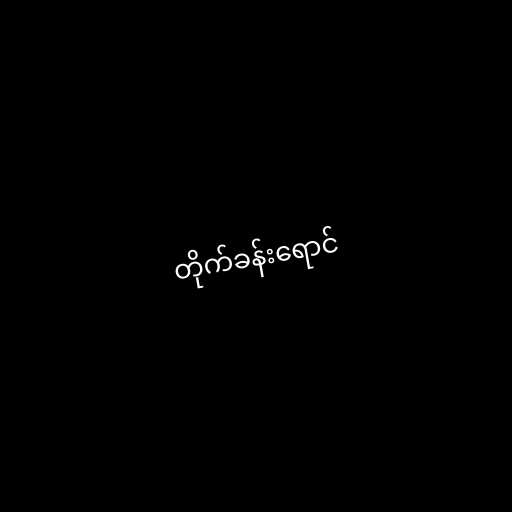
တိုက်ခန်းရောင်